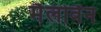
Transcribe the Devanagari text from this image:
मैलोवैन